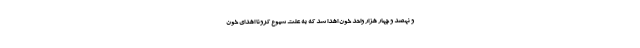
و نهصد و چهار هزار واحد خون اهدا شد که به علت شیوع کرونا اهدای خون